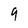
Character: 9